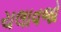
ચલાવજો